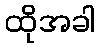
ထိုအခါ